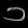
Digit: ၁